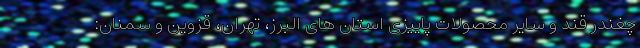
چغندر قند و سایر محصولات پاییزی استان های البرز، تهران، قزوین و سمنان: